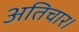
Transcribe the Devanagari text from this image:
अतिचार।